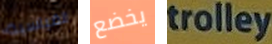
القياسية يخضع trolley